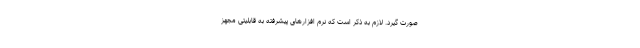
صورت گیرد. لازم به ذکر است که نرم افزارهای پیشرفته به قابلیتی مجهز